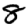
Digit: 8